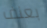
بعنف